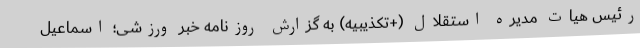
رئیس هیات مدیره استقلال (+تکذیبیه) به گزارش روزنامه خبر ورزشی؛ اسماعیل